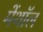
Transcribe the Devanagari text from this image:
मेंथॉल